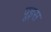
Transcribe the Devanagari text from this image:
पूइस